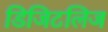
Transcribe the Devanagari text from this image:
डिजिटलिज